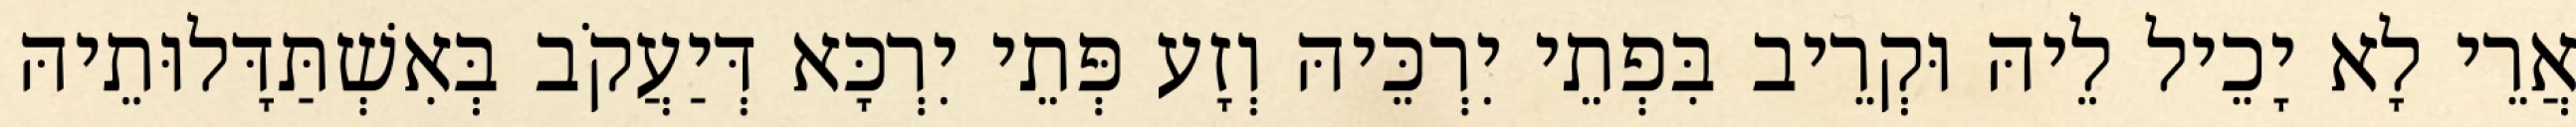
אֲרֵי לָא יָכֵיל לֵיהּ וּקְרֵיב בִּפְתֵי יִרְכֵּיהּ וְזָע פְּתֵי יִרְכָּא דְּיַעֲקֹב בְּאִשְׁתַּדָּלוּתֵיהּ